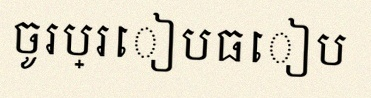
ចូរប្រៀបធៀប